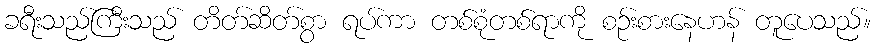
ခရီးသည်ကြီးသည် တိတ်ဆိတ်စွာ ရပ်ကာ တစ်စုံတစ်ရာကို စဉ်းစားနေဟန် တူပေသည်။